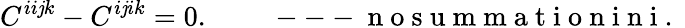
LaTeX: C^{ii\mathit{j}k}-C^{i\mathit{j}ik}=0.\qquad\mathrm{{~---~n~o~s~u~m~m~a~t~i~o~n~i~n~i~.~}}